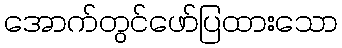
အောက်တွင်ဖော်ပြထားသော